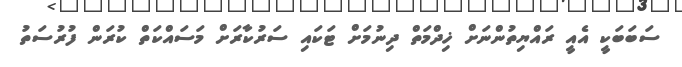
ސަބަބަކީ އެއީ ރައްޔިތުންނަށް ޚިދްމަތް ދިނުމަށް ޓަކައި ސަރުކާރަށް މަސައްކަތް ކުރަން ފުރުސަތު